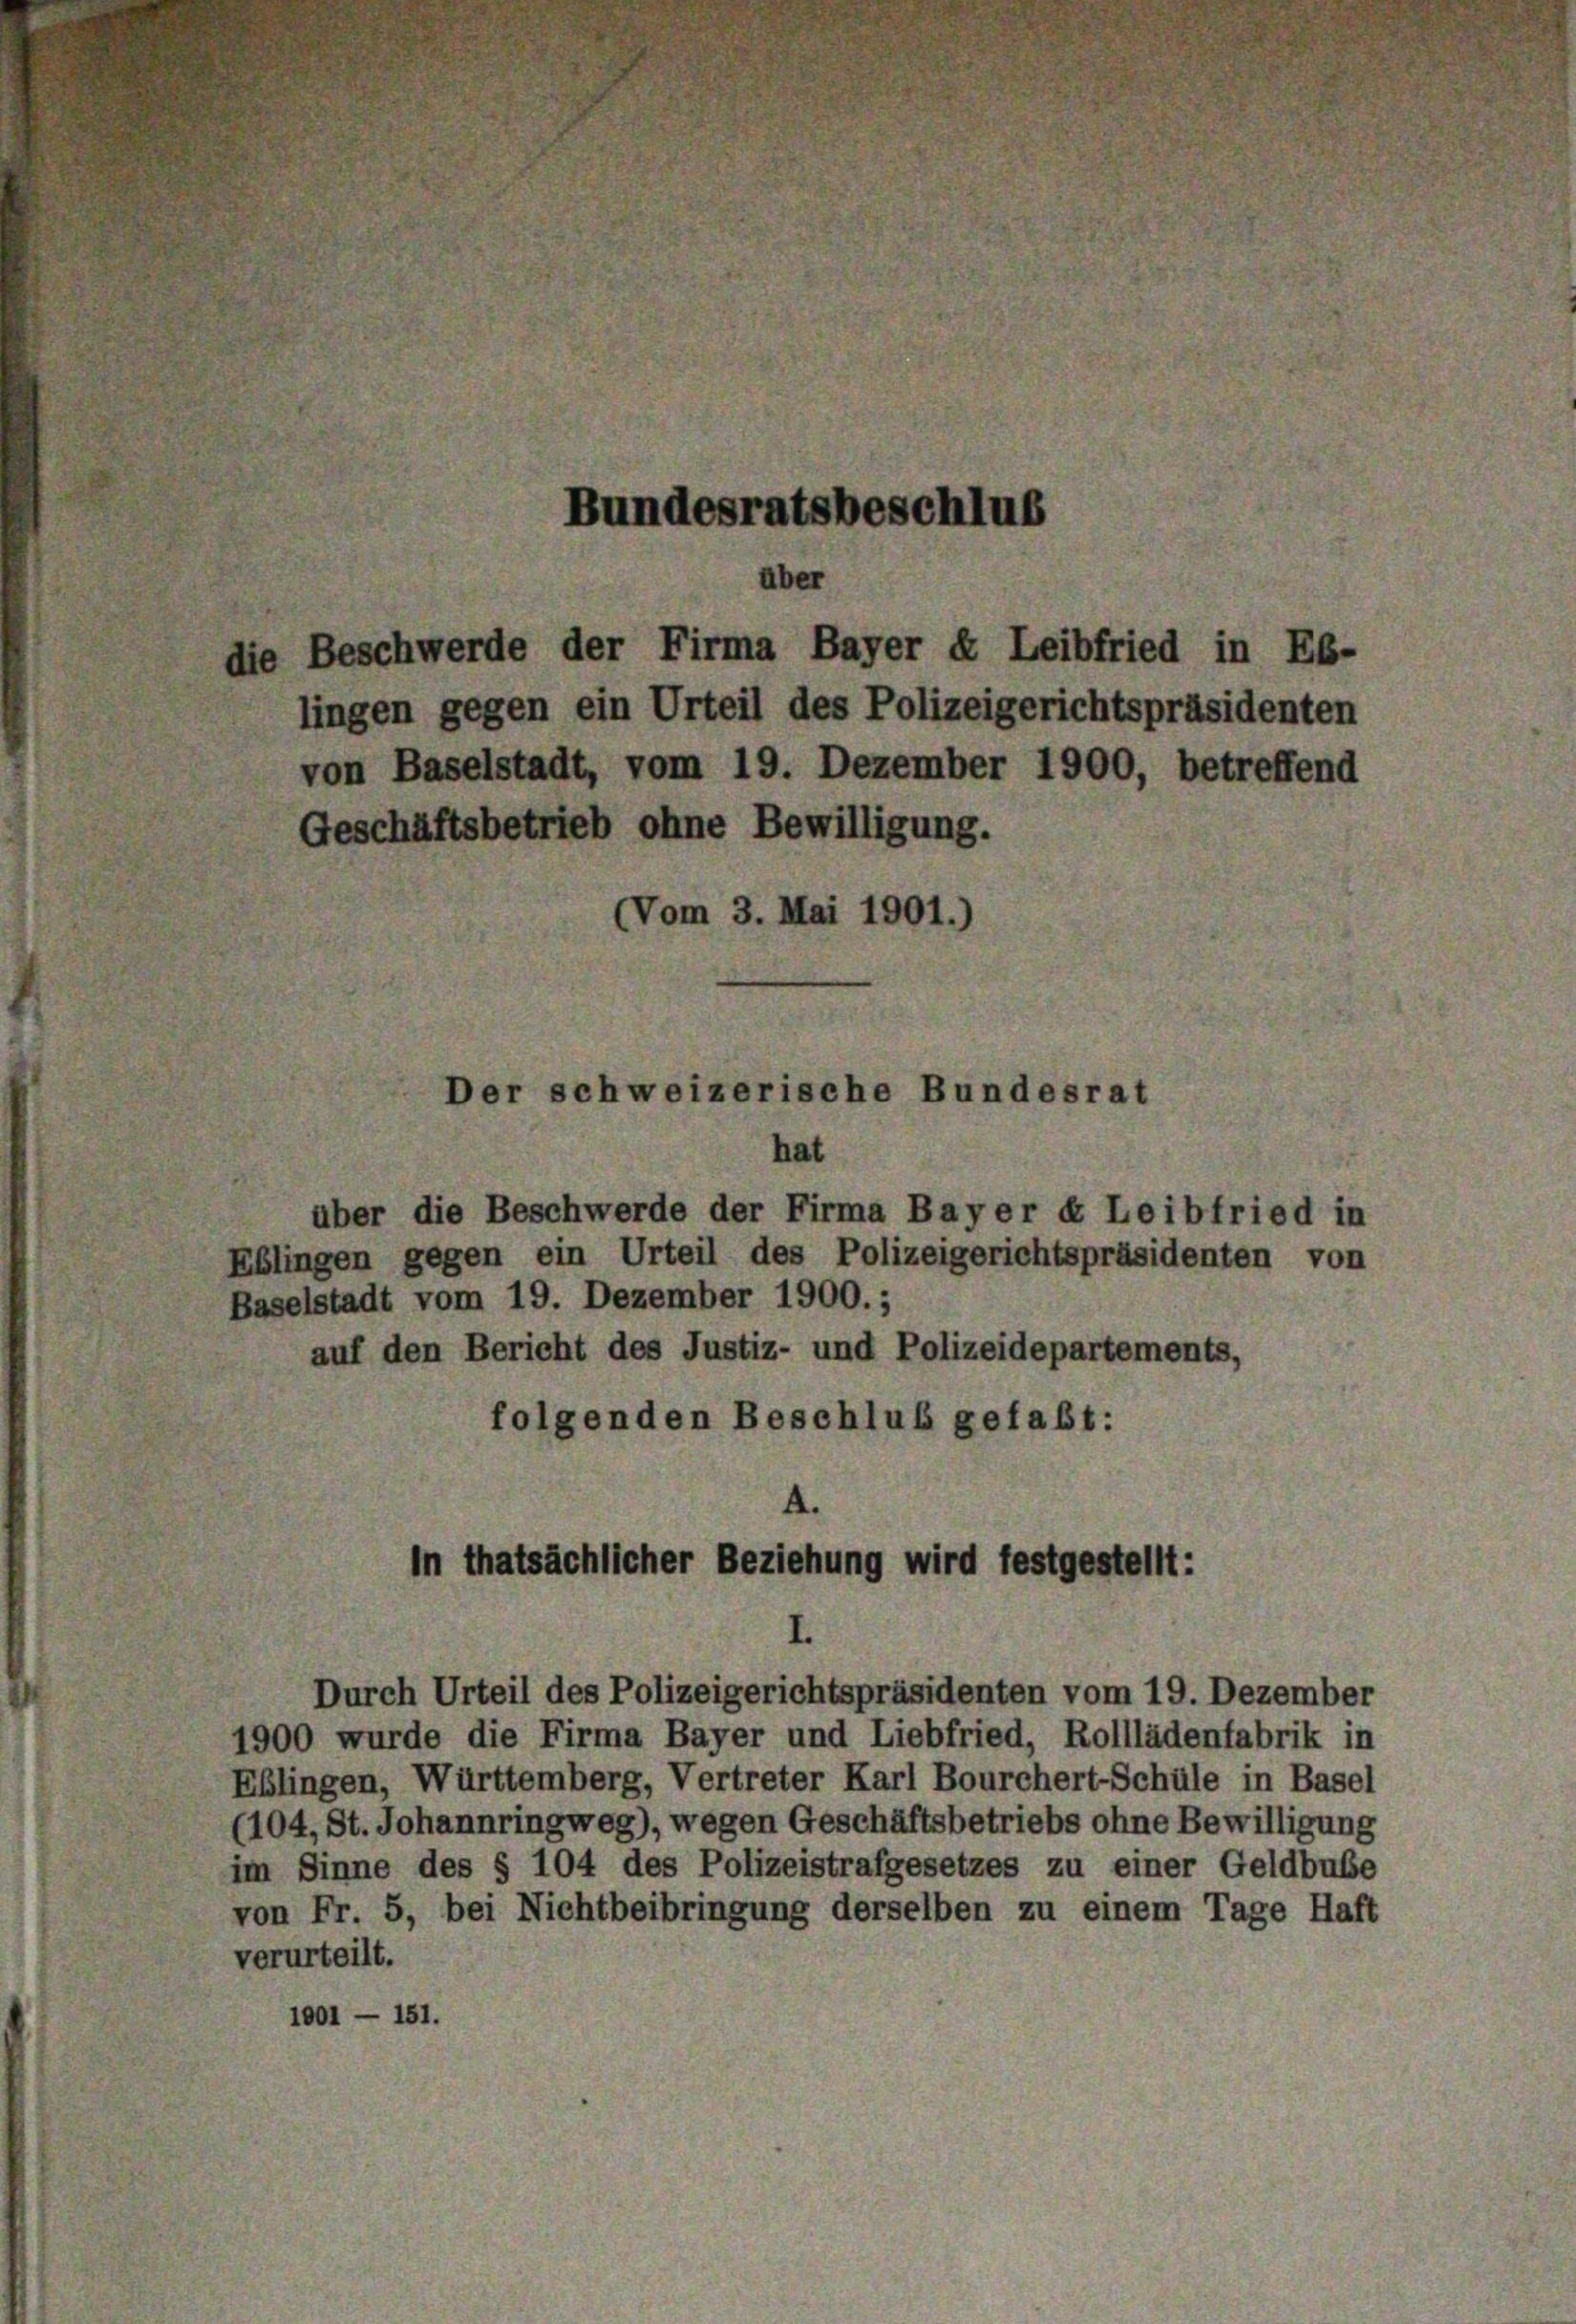
Der

Bundesratsbeschluß

über

schweizerische Bundesrat

hat
über die Beschwerde der Firma Bayer « Leibfried in
Eblingen gegen ein Urteil des Polizeigerichtspräsidenten von
Baselstadt vom 19. Dezember 1900.;
auf den Bericht des Justiz- und Polizeidepartements,
folgenden Beschluß gefaßt:

die Beschwerde der Firma Bayer X Leibfried in Eb-
lingen gegen ein Urteil des Polizeigerichtspräsidenten
von Baselstadt, vom 19. Dezember 1900, betreffend
Geschäftsbetrieb ohne Bewilligung.
(Vom 3. Mai 1901.)

.
In thatsächlicher Beziehung wird festgestellt:
Durch Urteil des Polizeigerichtspräsidenten vom 19. Dezember

1900 wurde die Firma Bayer und Liebfried, Rolllädenfabrik in
Eblingen, Württemberg, Vertreter Karl Bourchert-Schüle in Basel
(104, St. Johannringweg), wegen Geschäftsbetriebs ohne Bewilligung
im Sinne des § 104 des Polizeistrafgesetzes zu einer Geldbube
von Fr. 5, bei Nichtbeibringung derselben zu einem Tage Haft
verurteilt.
1001 — 151.